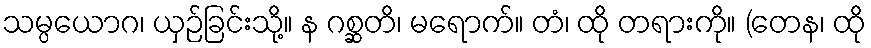
သမ္ပယောဂ၊ ယှဉ်ခြင်းသို့။ န ဂစ္ဆတိ၊ မရောက်။ တံ၊ ထို တရားကို။ (တေန၊ ထို